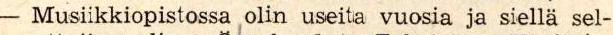
- Musiikkiopistossa olin useita vuosia ja siellä sel-